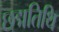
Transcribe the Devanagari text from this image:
छद्मतिथि